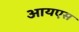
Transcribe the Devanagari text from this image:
आयएस